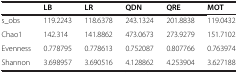
|  | LB | LR | QDN | QRE | MOT |
 | --- | --- | --- | --- | --- | --- |
 | s_obs | 119.2243 | 118.6378 | 243.1324 | 201.8838 | 119.0432 |
 | Chao1 | 142.314 | 141.8862 | 473.0673 | 273.9279 | 151.7102 |
 | Evenness | 0.778795 | 0.778613 | 0.752087 | 0.807766 | 0.763974 |
 | Shannon | 3.698957 | 3.690516 | 4.128862 | 4.253904 | 3.627188 |